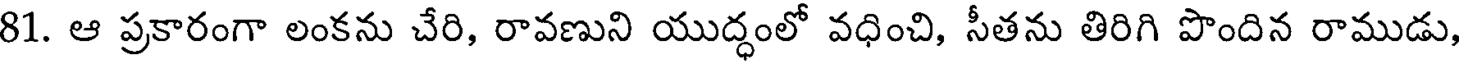
81. ఆ ప్రకారంగా లంకను చేరి, రావణుని యుద్ధంలో వధించి, సీతను తిరిగి పొందిన రాముడు,